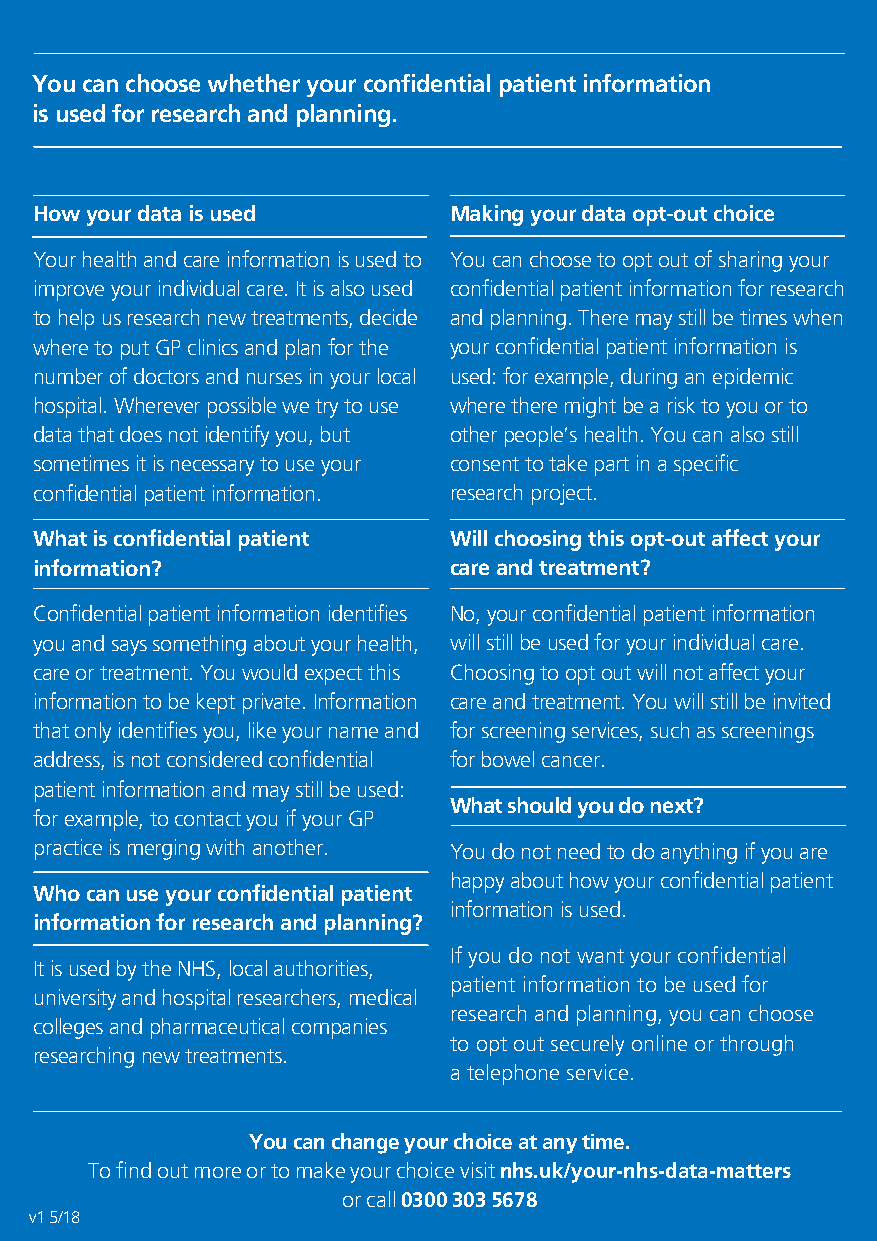
You can choose whether your confidential patient information
 is used for research and planning.
 How your data is used       Making your data opt-out choice
 Your health and care information is used to You can choose to opt out of sharing your
 improve your individual care. It is also used confidential patient information for research
 to help us research new treatments, decide and planning. There may still be times when
 where to put GP clinics and plan for the your confidential patient information is
 number of doctors and nurses in your local used: for example, during an epidemic
 hospital. Wherever possible we try to use where there might be a risk to you or to
 data that does not identify you, but other people’s health. You can also still
 sometimes it is necessary to use your consent to take part in a specific
 confidential patient information. research project.
 What is confidential patient Will choosing this opt-out affect your
 information?                care and treatment?
 Confidential patient information identifies No, your confidential patient information
 you and says something about your health, will still be used for your individual care.
 care or treatment. You would expect this Choosing to opt out will not affect your
 information to be kept private. Information care and treatment. You will still be invited
 that only identifies you, like your name and for screening services, such as screenings
 address, is not considered confidential for bowel cancer.
 patient information and may still be used:
 What should you do next?
 for example, to contact you if your GP
 practice is merging with another. You do not need to do anything if you are
 happy about how your confidential patient
 Who can use your confidential patient
 information is used.
 information for research and planning?
 If you do not want your confidential
 It is used by the NHS, local authorities,
 patient information to be used for
 university and hospital researchers, medical
 research and planning, you can choose
 colleges and pharmaceutical companies
 to opt out securely online or through
 researching new treatments.
 a telephone service.
 You can change your choice at any time.
 To find out more or to make your choice visit nhs.uk/your-nhs-data-matters
 or call 0300 303 5678
 v1 5/18